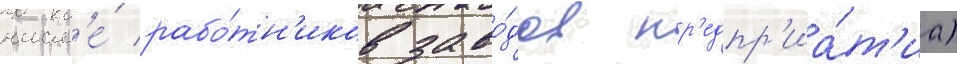
числ'е́ рабо́тн'иков заво́дов пр'едпр'иа́т'иа)